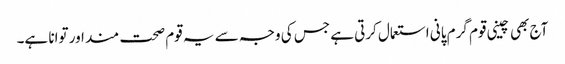
آج بھی چینی قوم گرم پانی استعمال کرتی ہے جس کی وجہ سے یہ قوم صحت مند اور توانا ہے۔